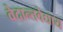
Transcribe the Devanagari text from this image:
वेदान्तवेद्याय